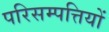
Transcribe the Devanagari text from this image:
परिसम्‍पत्तियों